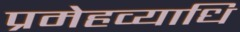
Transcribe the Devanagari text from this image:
प्रमेहव्याधि